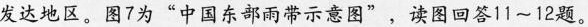
发达地区。图7为”中国东部雨带示意图”，读图回答11~12题。